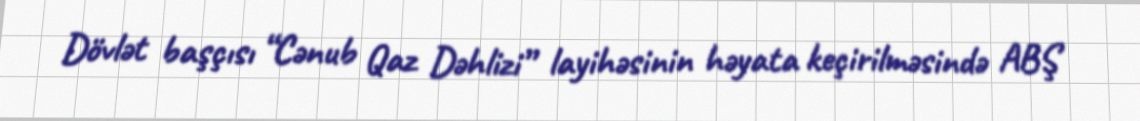
Dövlət başçısı “Cənub Qaz Dəhlizi” layihəsinin həyata keçirilməsində ABŞ